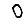
Digit: 0